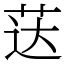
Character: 荙